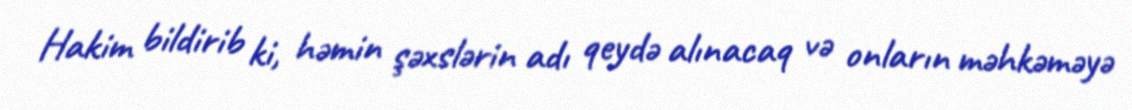
Hakim bildirib ki, həmin şəxslərin adı qeydə alınacaq və onların məhkəməyə